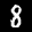
Label: 8